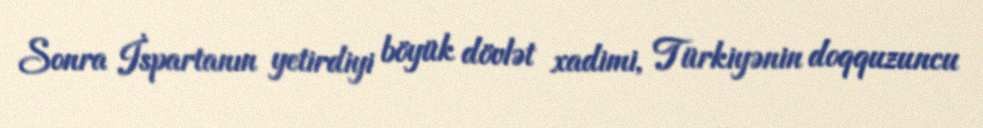
Sonra İspartanın yetirdiyi böyük dövlət xadimi, Türkiyənin doqquzuncu